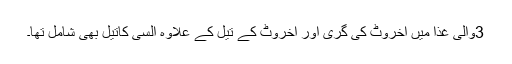
3والی غذا میں اخروٹ کی گری اور اخروٹ کے تیل کے علاوہ السی کاتیل بھی شامل تھا۔